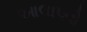
આલાપવો